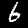
Label: 6